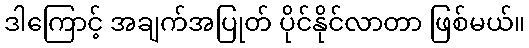
ဒါကြောင့် အချက်အပြုတ် ပိုင်နိုင်လာတာ ဖြစ်မယ်။